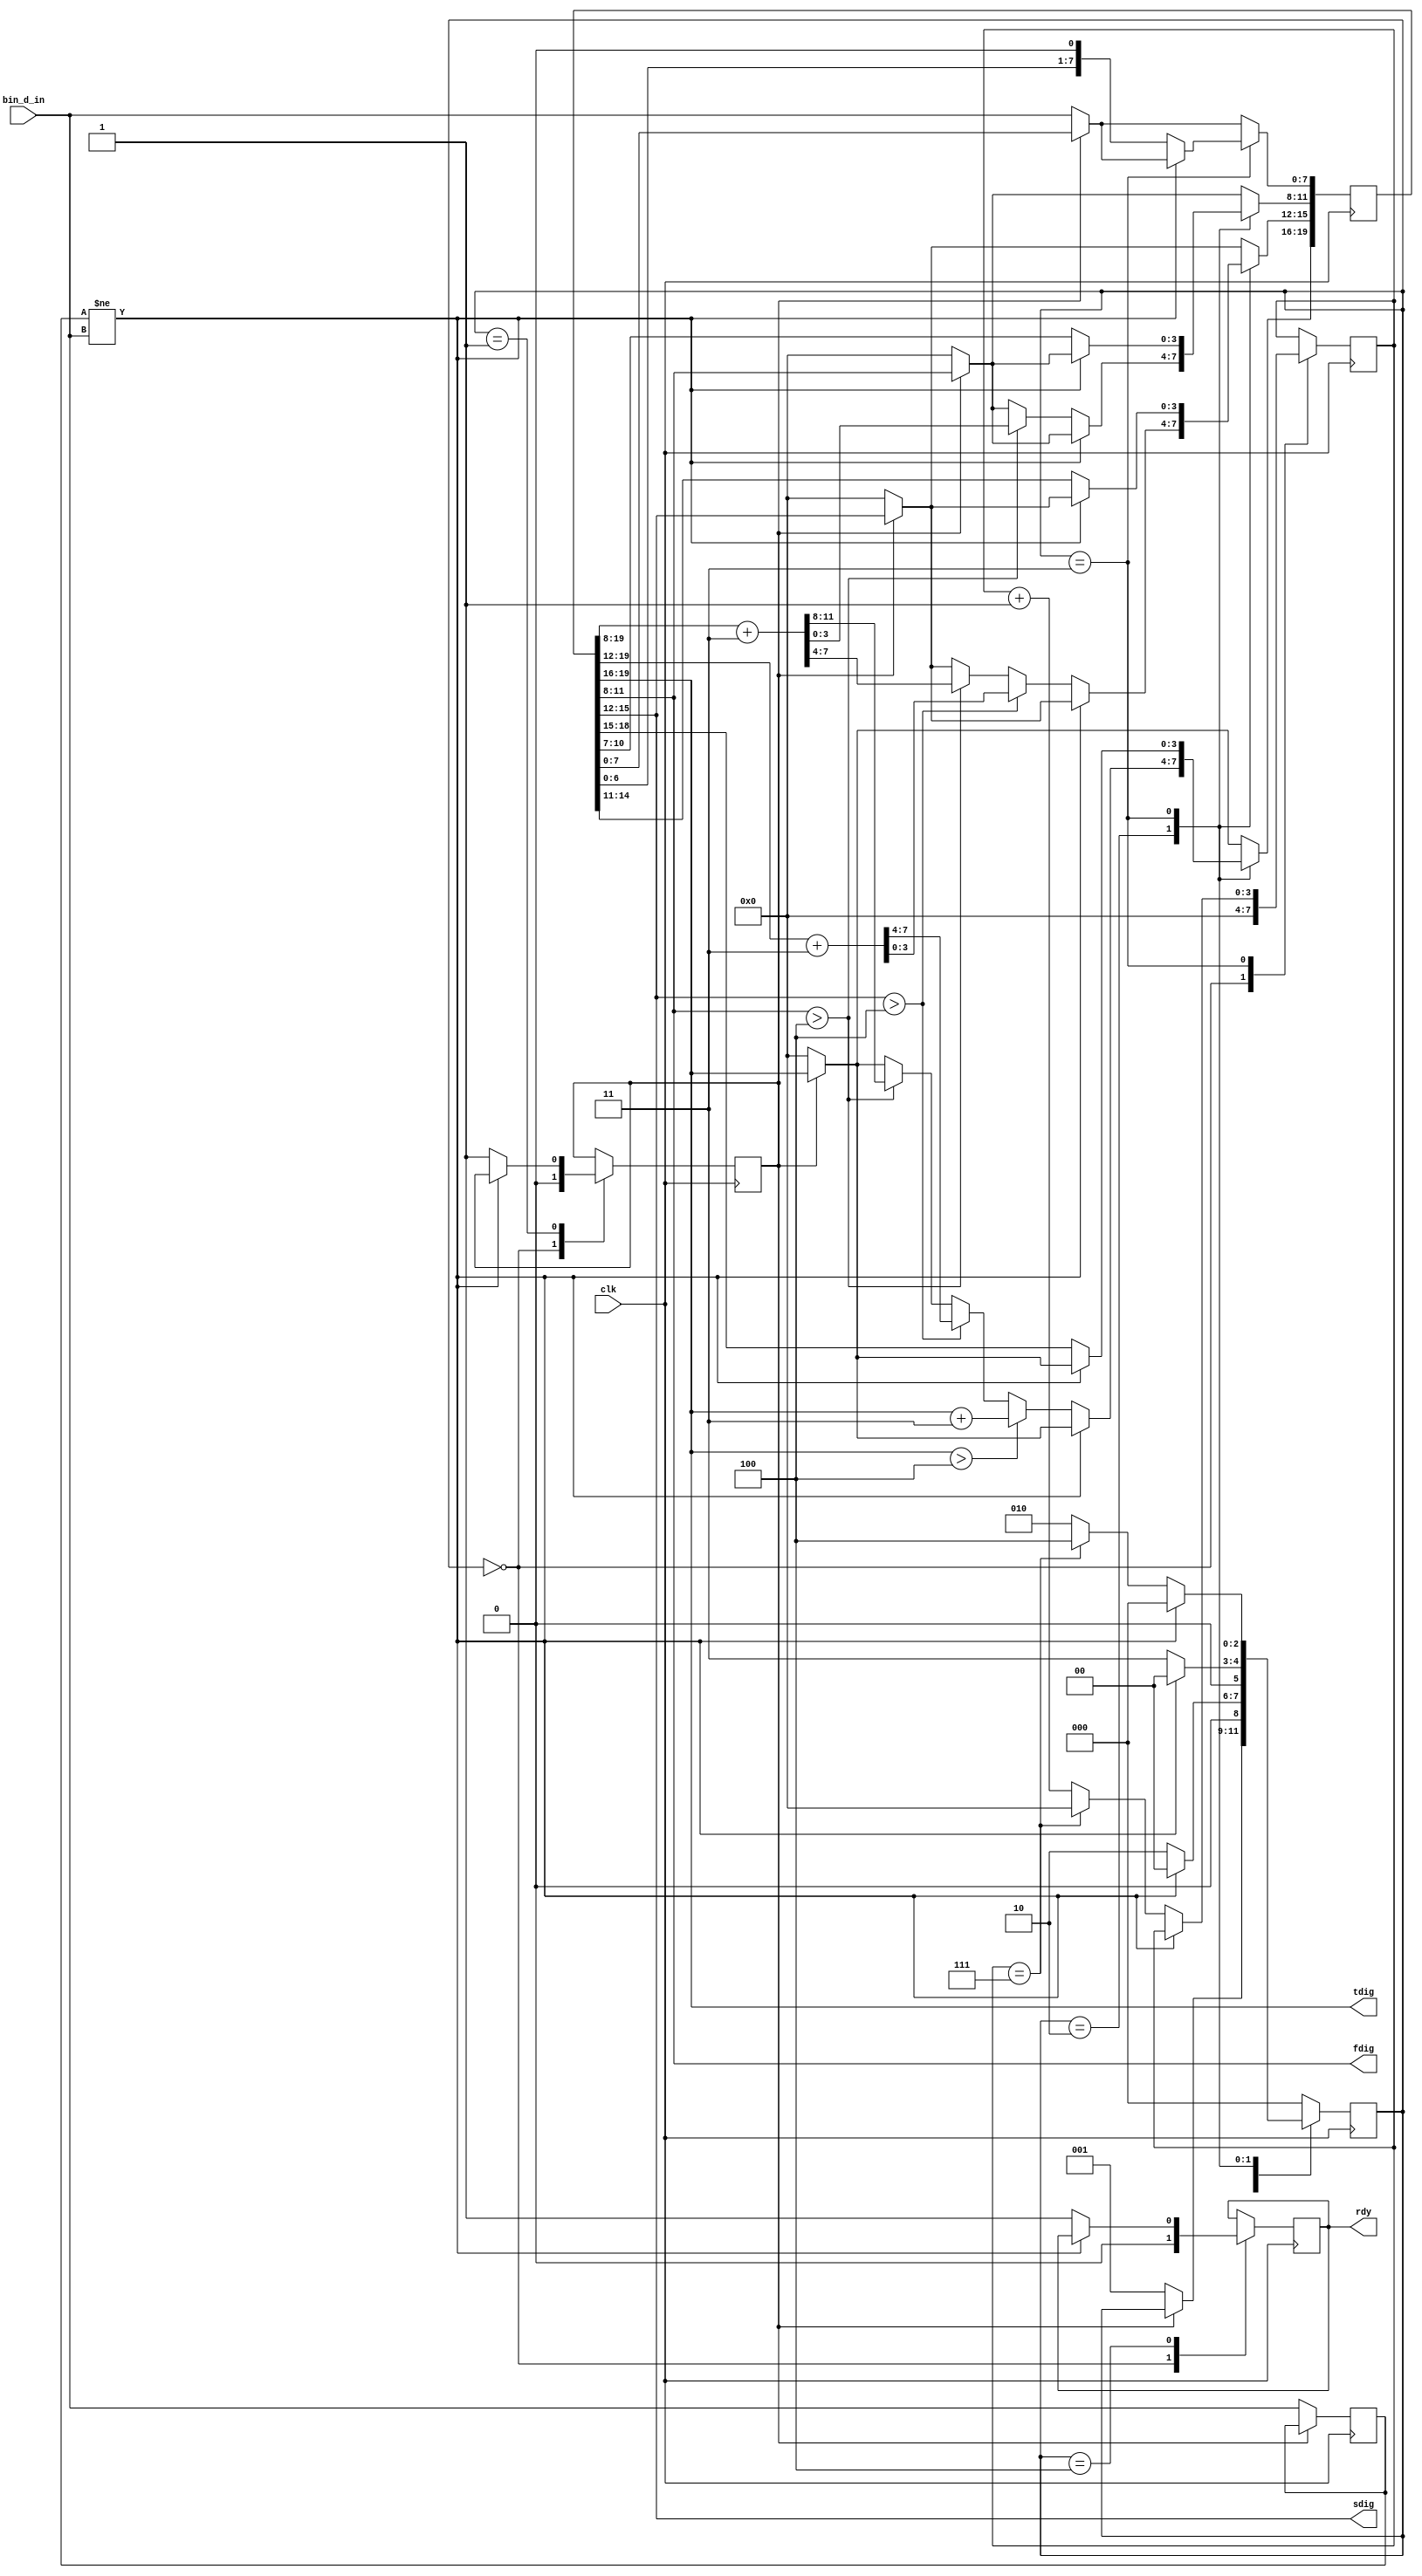
//Convertidor de una entrada de 8 bits a una salida de

module BCDConvert(
input 	clk,
input 	[7:0] bin_d_in,

//output 	[11:0] bcd_d_out,
output [3:0] fdig,
output [3:0] sdig,
output [3:0] tdig,

output 	rdy
);

//Variables de estado
parameter IDLE = 3'b000;
parameter SETUP = 3'b001;
parameter ADD = 3'b010;
parameter SHIFT = 3'b011;
parameter DONE = 3'b100;

//Registro de apoyo
reg [19:0] bcd_data = 0;
reg [2:0] state = IDLE;
reg [3:0] sh_counter = 0;
reg busy = 0;
reg result_rdy = 0;

reg [7:0] pass_state = 0;

always@(posedge clk)
begin
	if(!busy)
		begin
			pass_state <= bin_d_in;
			bcd_data <= {12'b0, bin_d_in};
			state <= SETUP;
		end

	case(state)
		IDLE: 
		begin
			result_rdy <= 0;
			busy <= 0;
			sh_counter <= 4'b0;
		end
		
		SETUP:
		begin
			if(pass_state != bin_d_in)
				begin
					state <= IDLE;
				end
			else
				begin
					busy <= 1;
					state <= ADD;
				end
		end
		
		ADD:
		begin
			if(pass_state != bin_d_in)
				begin
					state <= IDLE;
				end
			else
				begin
					if(bcd_data[11:8] > 4)
					begin
						bcd_data[19:8] <= bcd_data[19:8] + 12'b0000_0000_0011;
					end
					if(bcd_data[15:12] > 4)
					begin
						bcd_data[19:12] <= bcd_data[19:12] + 8'b0000_0011;
					end
					if(bcd_data[19:16] > 4)
					begin
						bcd_data[19:16] <= bcd_data[19:16] + 4'b0011;
					end
					state <= SHIFT;
				end
		end
		
		SHIFT:
		begin
			if(pass_state != bin_d_in)
				begin
					state <= IDLE;
				end
			else
				begin
					sh_counter <= sh_counter + 1'b1;
					bcd_data <= bcd_data << 1;
					
					if(sh_counter==7)
						begin
							sh_counter <= 4'b0;
							state <= DONE;
						end
					else
						begin
							state <= ADD;
						end
				end
		end
	
		DONE:
		begin
			if(pass_state != bin_d_in)
				begin
					state <= IDLE;
				end
			else
				begin
					result_rdy <= 1'b1;
					state <= IDLE;
				end
		end
		
		default:
			state <= IDLE;
		endcase
end

//assign bcd_d_out = bcd_data[19:8];
assign fdig = bcd_data[11:8];
assign sdig = bcd_data[15:12];
assign tdig = bcd_data[19:16];
assign rdy = result_rdy;

endmodule